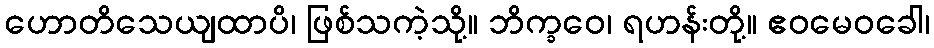
ဟောတိသေယျထာပိ၊ ဖြစ်သကဲ့သို့။ ဘိက္ခဝေ၊ ရဟန်းတို့။ ဧဝမေဝခေါ၊